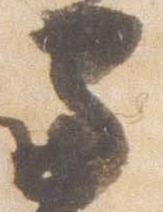
寺